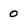
Character: 0